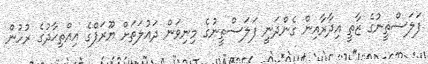
ފަލަސްތީނުގެ ޒާތީ އިދާރާއިން ގެންދަނީ ފަލަސްތީނުގެ މިނިވަން ދައުލަތަށް ޔޫރަޕްގެ އިއްތިޙާދުގެ ރުހުން